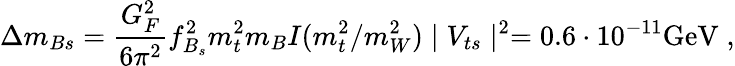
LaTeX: \Delta m_{Bs}=\frac{G_{F}^{2}}{6\pi^{2}}f_{B_{s}}^{2}m_{t}^{2}m_{B}I(m_{t}^{2}/m_{W}^{2})\mid V_{ts}\mid^{2}=0.6\cdot 10^{-11}\mathrm{GeV}\; ,